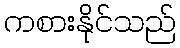
ကစားနိုင်သည်